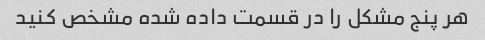
هر پنج مشکل را در قسمت داده شده مشخص کنید